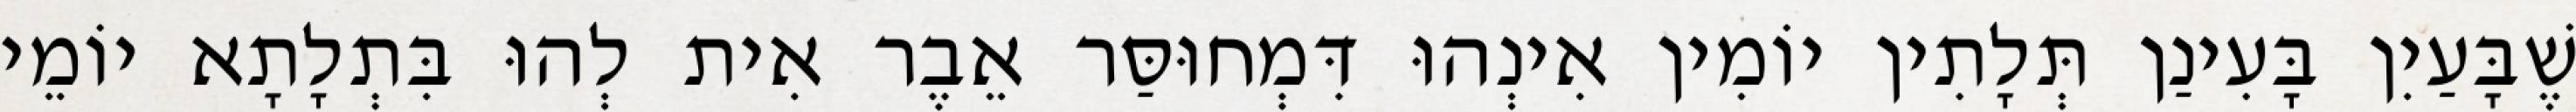
שֶׁבָּעַיִן בָּעִינַן תְּלָתִין יוֹמִין אִינְהוּ דִּמְחוּסַּר אֵבֶר אִית לְהוּ בִּתְלָתָא יוֹמֵי